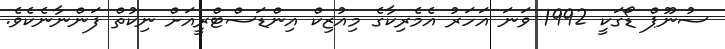
ސުނޫޕް ޑޯގަކީ 1992 ވަނަ އަހަރު އެމެރިކާގެ މިއުޒިކް އިންޑަސްޓްރީއަށް ނިކުތް ފަންނާނެކެވެ.